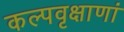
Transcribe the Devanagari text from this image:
कल्पवृक्षाणां